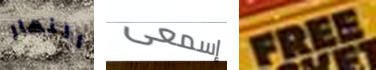
النهار إسمعى FREE